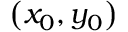
\left( x _ { 0 } , y _ { 0 } \right)